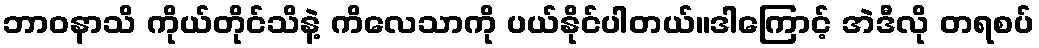
ဘာဝနာသိ ကိုယ်တိုင်သိနဲ့ ကိလေသာကို ပယ်နိုင်ပါတယ်။ဒါကြောင့် အဲဒီလို တရစပ်